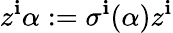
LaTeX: z^{\mathbf{i}}\alpha:=\sigma^{\mathbf{i}}(\alpha)z^{\mathbf{i}}